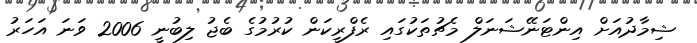
ޝިމާދުއަށް އިންޓަނޭޝަނަލް މެޗުތަކުގައި ރެފްރީކަން ކުރުމުގެ ބެޖު ލިބުނީ 2006 ވަނަ އަހަރު